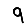
Digit: 9